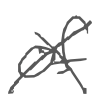
Text: of
Cross-out: cross
Writing tool: digital_gray